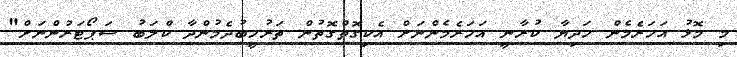
މި މޮޅު އަހަރެމެން ހަދިޔާ ކުރާނީ އަހަރެމެންނަށް އެކިގޮތްގޮތުން ތަރުހީބުދެމުންދާ ކްލަބު ސަޕޯޓަރުންނަށް"